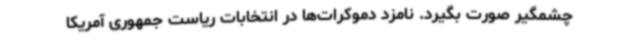
چشمگیر صورت بگیرد. نامزد دموکرات‌ها در انتخابات ریاست جمهوری آمریکا